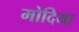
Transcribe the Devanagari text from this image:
मोदिया